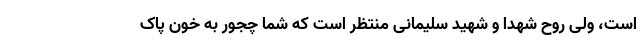
است، ولی روح شهدا و شهید سلیمانی منتظر است که شما چجور به خون پاک